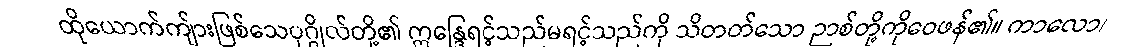
ထိုယောက်ကျ်ားဖြစ်သေပုဂ္ဂိုလ်တို့၏ ဣန္ဒြေရင့်သည်မရင့်သည်ကို သိတတ်သော ဉာစ်တို့ကိုဝေဖန်၏။ ကာလော၊